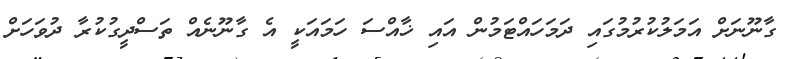
ގާނޫނަށް އަމަލުކުރުމުގައި ދަމަހައްޓަމުން އައި ޚާއްސަ ހަމައަކީ އެ ގާނޫނެއް ތަސްދީގުކުރާ ދުވަހަށް